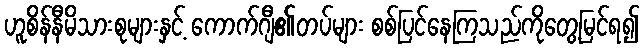
ဟူစိန်နီမိသားစုများနှင့် ကောက်ဂျီ၏တပ်များ စစ်ပြင်နေကြသည်ကိုတွေ့မြင်ရ၍